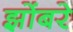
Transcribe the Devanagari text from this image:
झोंबरे